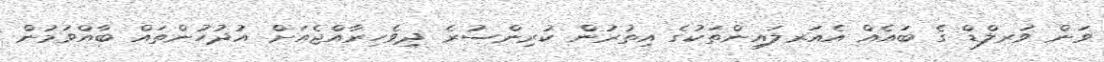
ވަން ވަރލްޑް ގެ ބައެއް އެއަރލައިންތަކުގެ އިތުރުން ކުރިންސުރެ ދިވެހިރާއްޖެއަށް އުދުހުންތައް ބާއްވަމުން